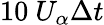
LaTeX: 10\ U_{\alpha}\Delta t